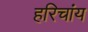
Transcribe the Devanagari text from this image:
हरिचांय